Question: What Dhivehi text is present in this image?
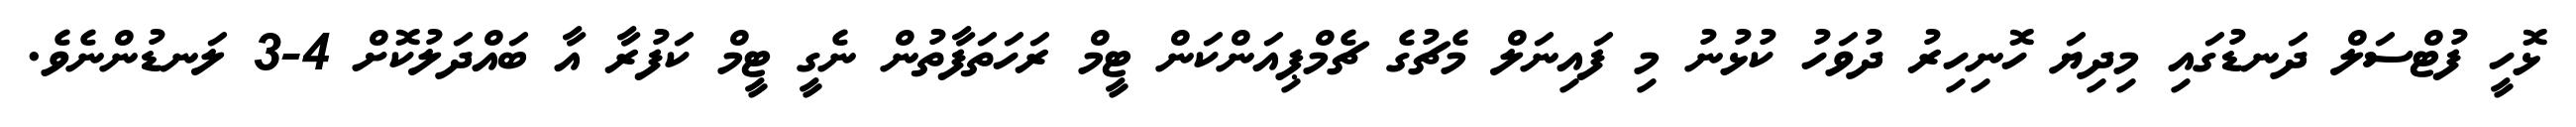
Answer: ޅޮހީ ފުޓްސަލް ދަނޑުގައި މިދިޔަ ހޮނިހިރު ދުވަހު ކުޅުނު މި ފައިނަލް މެޗުގެ ޗެމްޕިއަންކަން ޓީމް ރަހަތަފާތުން ނެގީ ޓީމް ކަފުރާ އާ ބައްދަލުކޮށް 4-3 ލަނޑުންނެވެ.